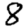
Digit: 8